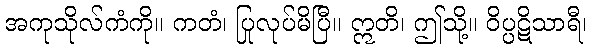
အကုသိုလ်ကံကို။ ကတံ၊ ပြုလုပ်မိပြီ။ ဣတိ၊ ဤသို့။ ဝိပ္ပဋိသာရီ၊